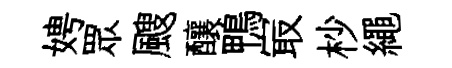
娉眾颼釀鴨㝡杪繩